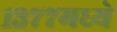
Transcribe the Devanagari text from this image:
१३७७मध्ये